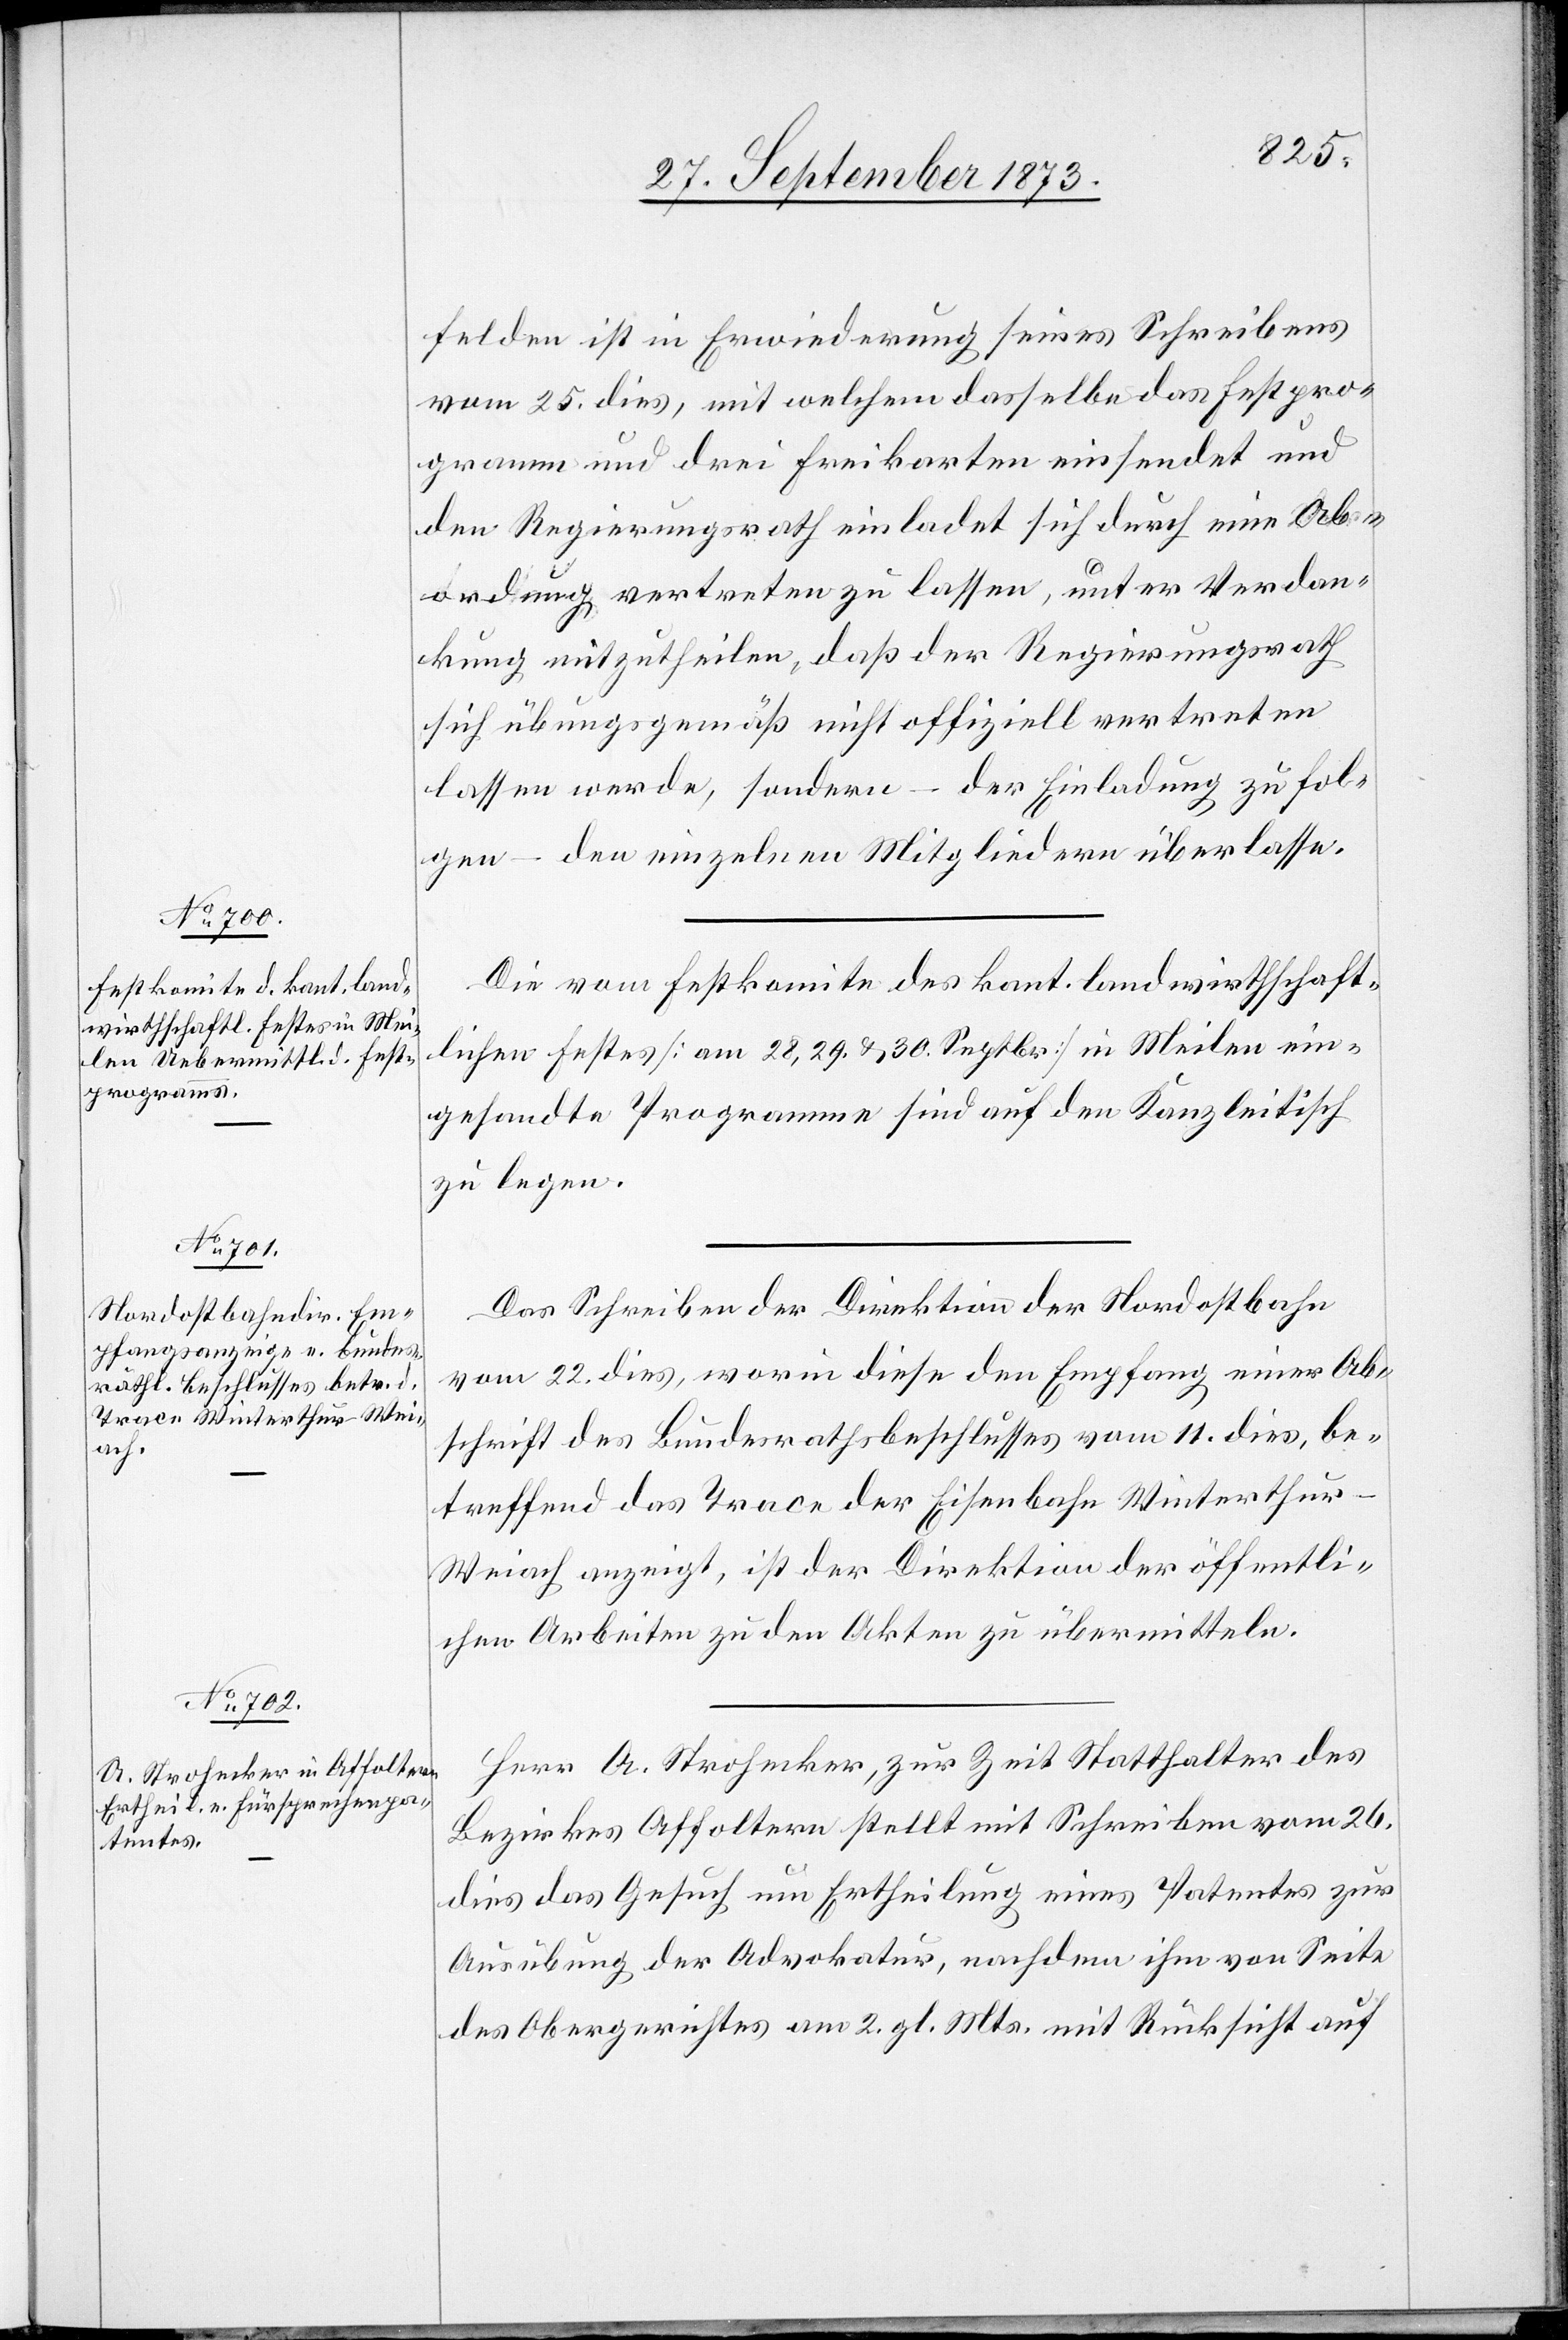
felden ist in Erwiederung seines Schreibens
vom 25. dies, mit welchem dasselbe das Festpro¬
gramm und drei Freikarten einsendet und
den Regierungsrath einladet sich durch eine Ab¬
ordnung vertreten zu lassen, unter Verdan¬
kung mitzutheilen, daß der Regierungsrath
sich übungsgemäß nicht offiziell vertreten
lassen werde, sondern – der Einladung zu fol¬
gen – den einzelnen Mitgliedern überlasse.
Die vom Festkomite des kant. landwirthschaft¬
lichen Festes [am 28, 29. & 30. Septbr] in Meilen ein¬
gesandte[n] Programme sind auf den Kanzleitisch
zu legen.
Das Schreiben der Direktion der Nordostbahn
vom 22. dies, worin diese den Empfang einer Ab¬
schrift des Bundesrathsbeschlusses vom 11. dies, be¬
treffend das Trace der Eisenbahn Winterthur–W¬
eiach anzeigt, ist der Direktion der öffentli¬
chen Arbeiten zu den Akten zu übermitteln.
Herr A. Strohecker, zur Zeit Statthalter des
Bezirkes Affoltern stellt mit Schreiben vom 26.
dies das Gesuch um Ertheilung eines Patentes zur
Ausübung der Advokatur, nachdem ihm von Seite
des Obergerichtes am 2. gl. Mts. mit Rücksicht auf